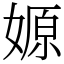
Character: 嫄